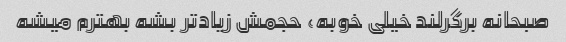
صبحانه برگرلند خیلی خوبه، حجمش زیادتر بشه بهترم میشه